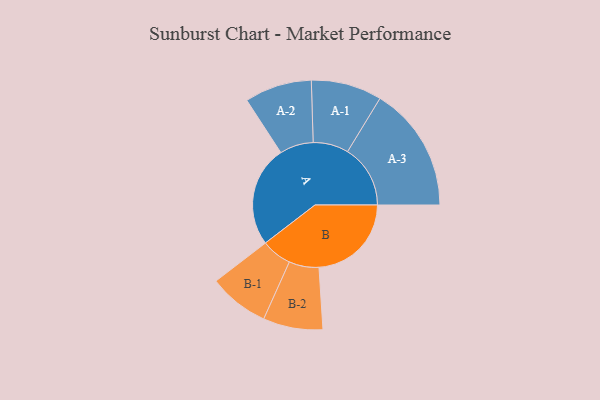
{"axis": {"x": "Segment", "y": "Value"}, "legend": ["", "A", "B"], "data": [{"x": "A", "y": 457, "type": ""}, {"x": "B", "y": 418, "type": ""}, {"x": "A-1", "y": 160, "type": "A"}, {"x": "A-2", "y": 152, "type": "A"}, {"x": "A-3", "y": 284, "type": "A"}, {"x": "B-1", "y": 137, "type": "B"}, {"x": "B-2", "y": 135, "type": "B"}]}